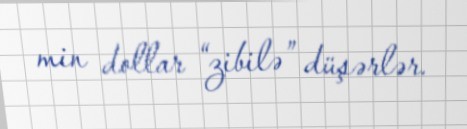
min dollar “zibilə” düşərlər.